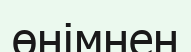
өнімнен